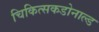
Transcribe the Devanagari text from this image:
चिकित्सकडोनाल्ड